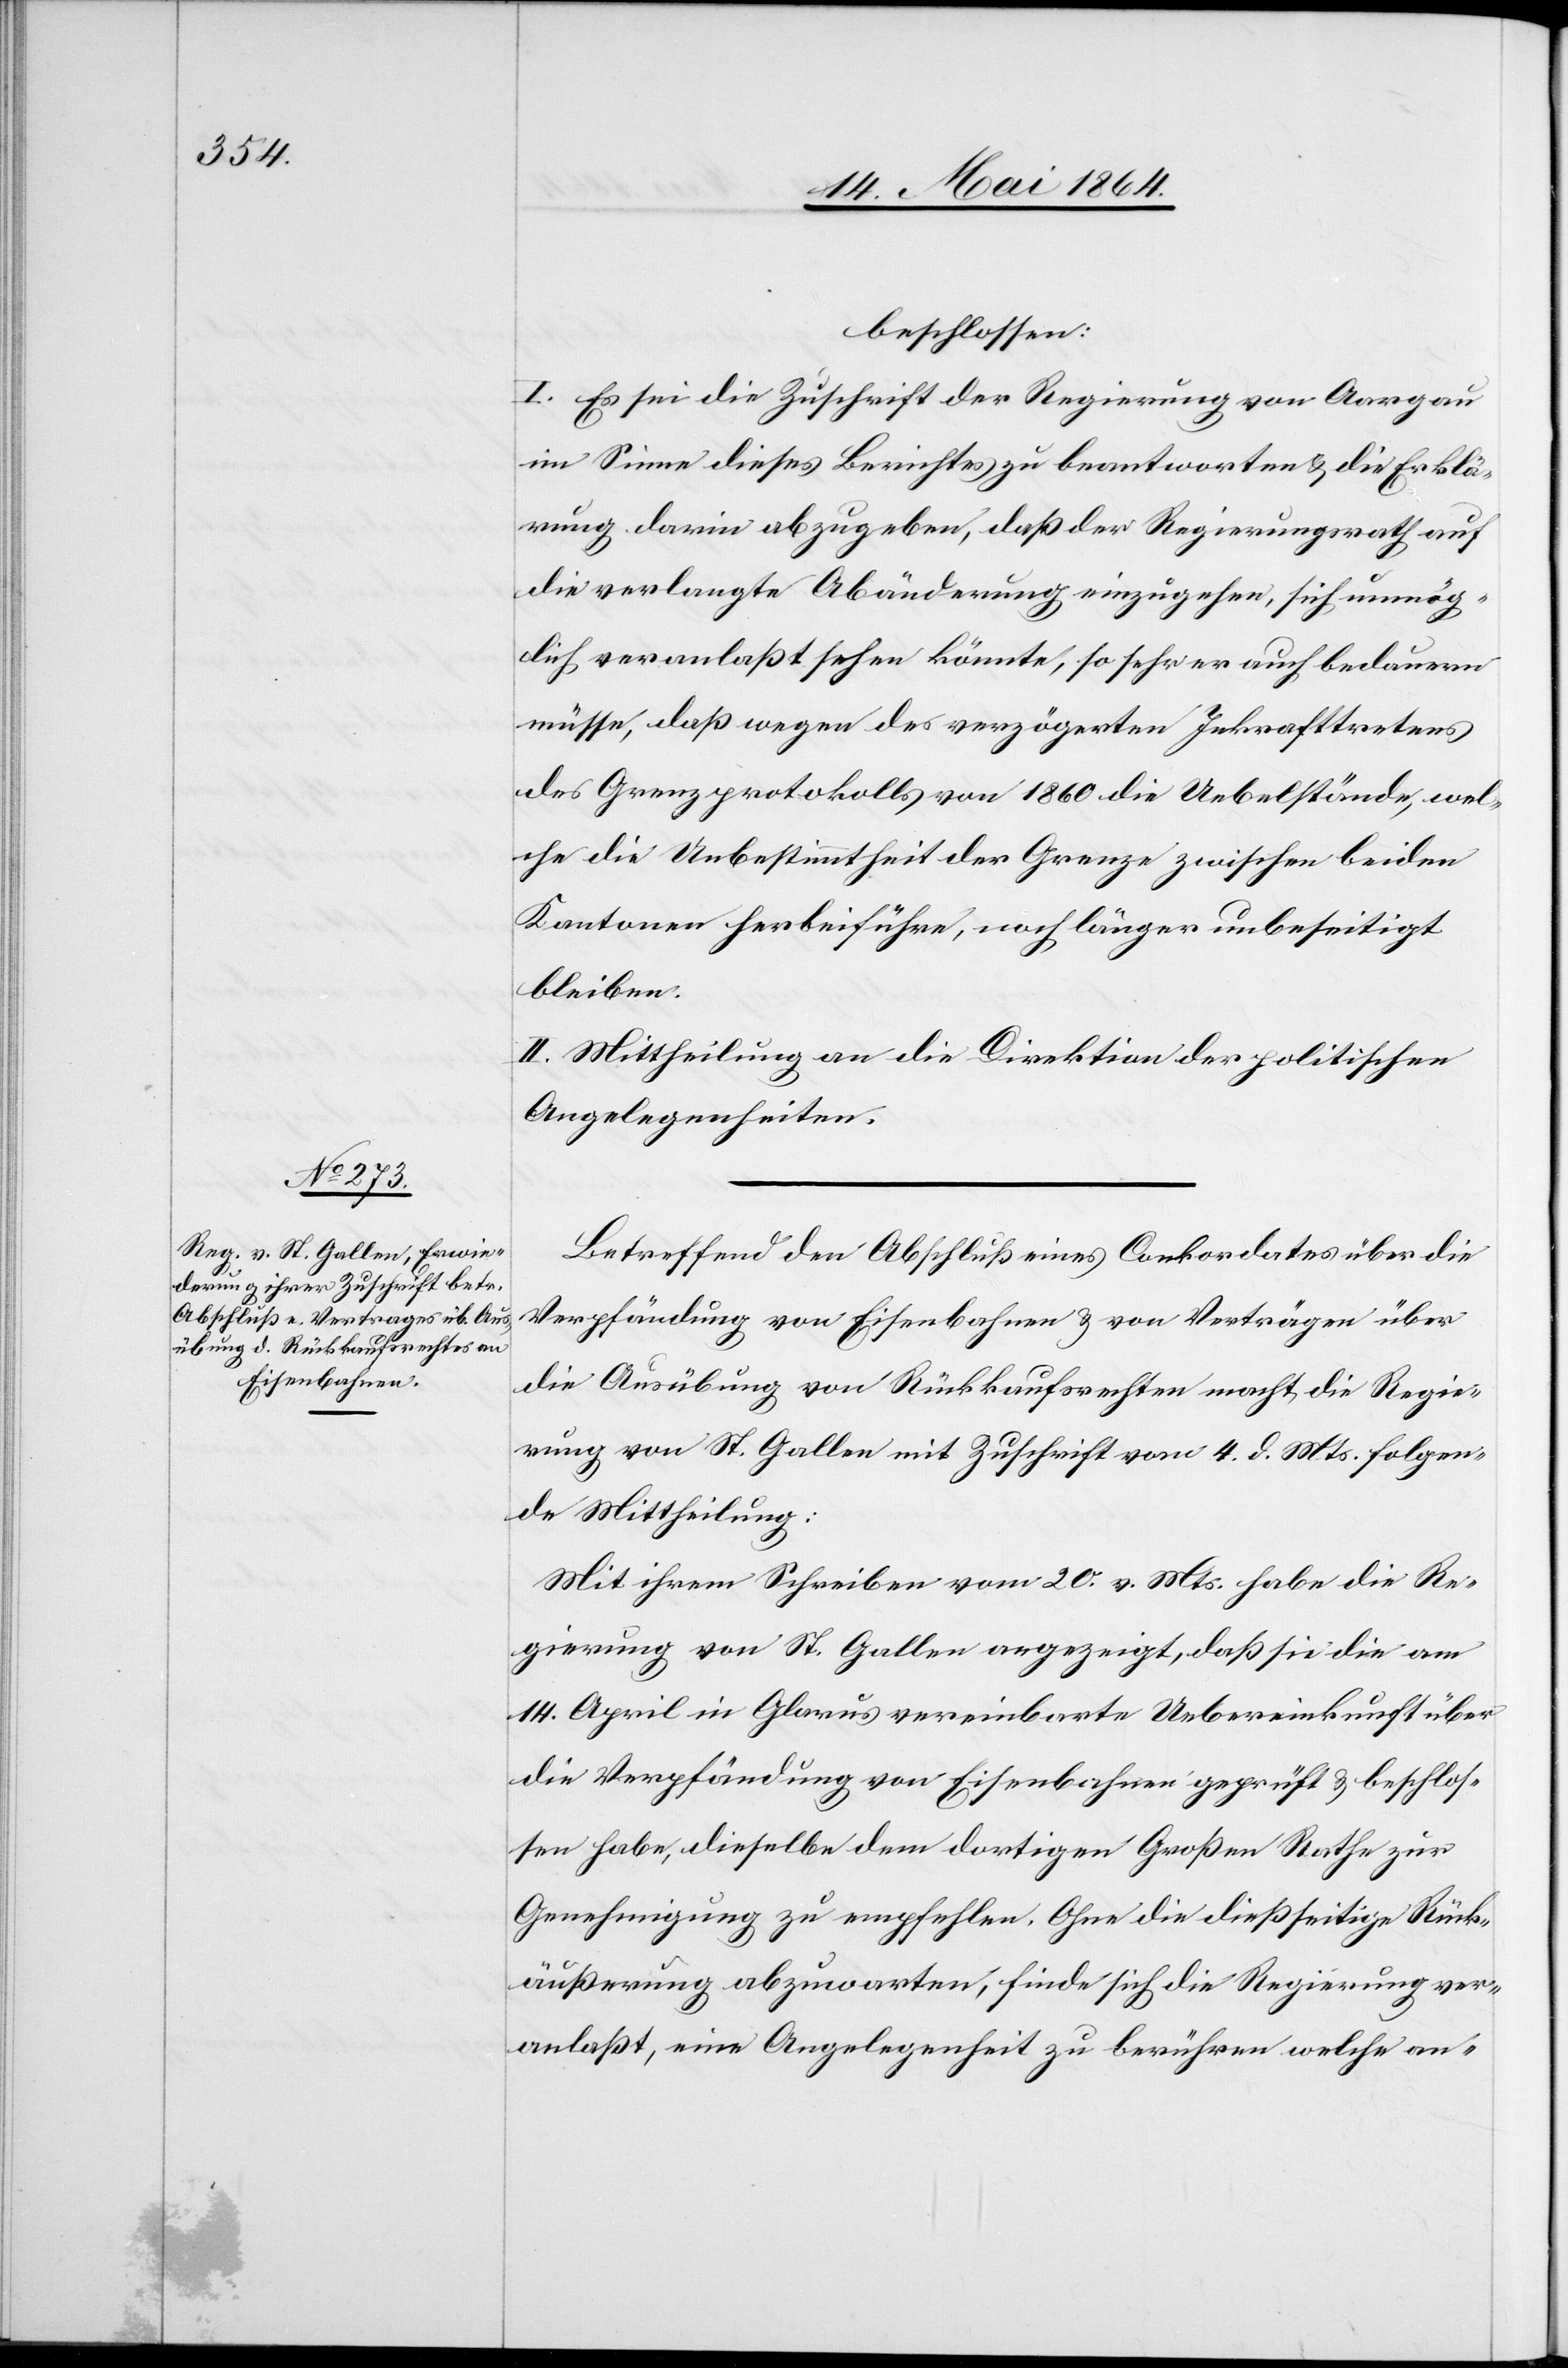
beschlossen:
I. Es sei die Zuschrift der Regierung von Aargau
im Sinne dieses Berichtes zu beantworten u. die Erklä¬
rung darin abzugeben, daß der Regierungsrath auf
die verlangte Abänderung einzugehen, sich unmög¬
lich veranlaßt sehen könnte, so sehr er auch bedauern
müsse, daß wegen des verzögerten Inkrafttretens
des Grenzprotokolls von 1860 die Uebelstände, wel¬
che die Unbestimmtheit der Grenze zwischen beiden
Kantonen herbeiführe, noch länger unbeseitigt
bleiben.
II. Mittheilung an die Direktion der politischen
Angelegenheiten.
Betreffend den Abschluß eines Conkordates über die
Verpfändung von Eisenbahnen u. von Verträgen über
die Ausübung von Rückkaufsrechten macht die Regie¬
rung von St. Gallen mit Zuschrift vom 4. d. Mts. folgen¬
de Mittheilung:
Mit ihrem Schreiben vom 20. v. Mts. habe die Re¬
gierung von St. Gallen angezeigt, daß sie die am
14. April in Glarus vereinbarte Uebereinkunft über
die Verpfändung von Eisenbahnen geprüft u. beschlos¬
sen habe, dieselbe dem dortigen Großen Rathe zur
Genehmigung zu empfehlen. Ohne die dießseitige Rück¬
äußerung abzuwarten, finde sich die Regierung ver¬
anlaßt, eine Angelegenheit zu berühren welche an-